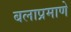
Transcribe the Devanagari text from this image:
बलाप्रमाणे